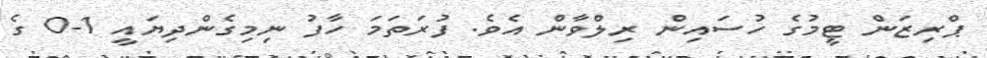
ޕްރިޒަން ޓީމުގެ ހުސައިން ރިލްވާން އެވެ. ފުރަތަމަ ހާފު ނިމިގެންދިޔައީ 1-0 ގެ